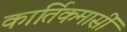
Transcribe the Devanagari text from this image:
कार्तिकमासीं